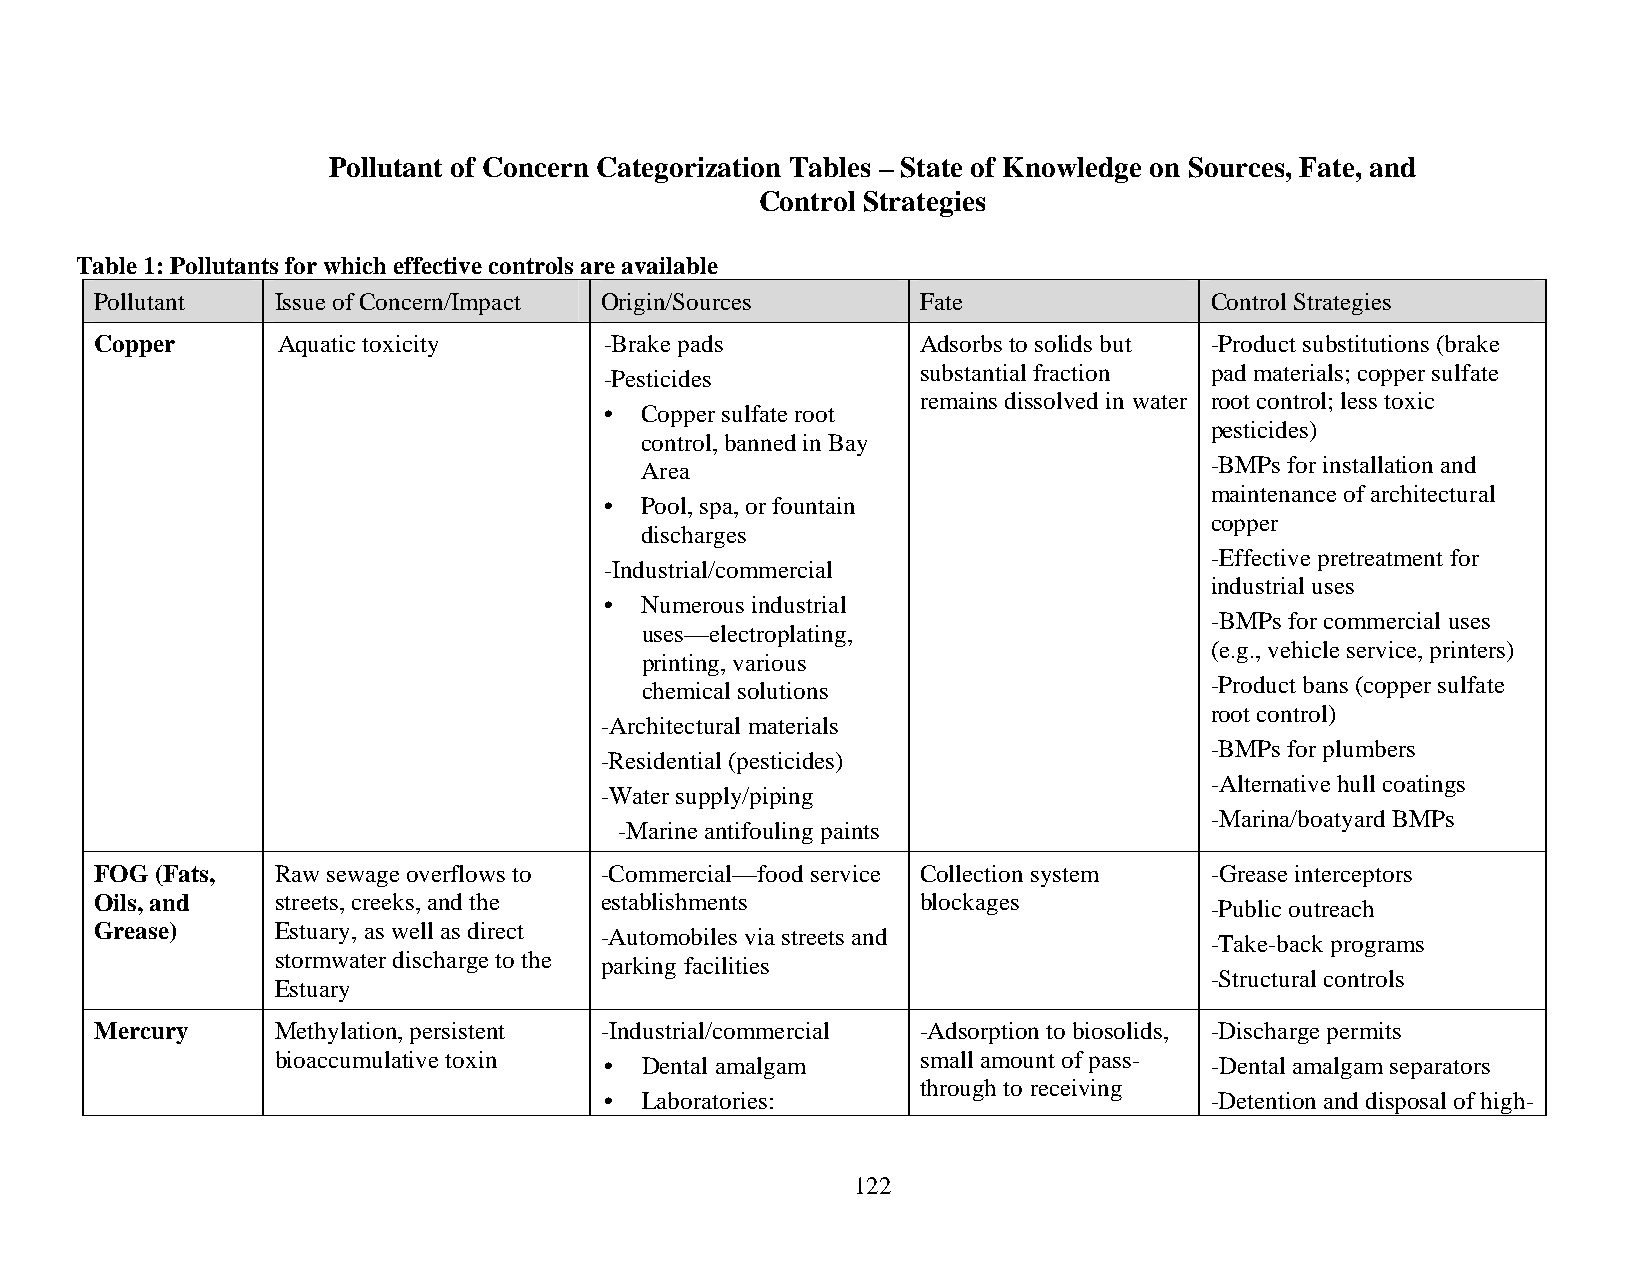
Pollutant of Concern Categorization Tables – State of Knowledge on Sources, Fate, and
 Control Strategies
 Table 1: Pollutants for which effective controls are available
 Pollutant   Issue of Concern/Impact Origin/Sources     Fate               Control Strategies
 Copper      Aquatic toxicity      -Brake pads          Adsorbs to solids but -Product substitutions (brake
 -Pesticides          substantial fraction pad materials; copper sulfate
 remains dissolved in water root control; less toxic
 • Copper sulfate root
 pesticides)
 control, banned in Bay
 Area                                  -BMPs for installation and
 maintenance of architectural
 • Pool, spa, or fountain
 copper
 discharges
 -Effective pretreatment for
 -Industrial/commercial
 industrial uses
 • Numerous industrial
 -BMPs for commercial uses
 uses—electroplating,
 (e.g., vehicle service, printers)
 printing, various
 chemical solutions                    -Product bans (copper sulfate
 root control)
 -Architectural materials
 -BMPs for plumbers
 -Residential (pesticides)
 -Alternative hull coatings
 -Water supply/piping
 -Marina/boatyard BMPs
 -Marine antifouling paints
 FOG (Fats,  Raw sewage overflows to -Commercial—food service Collection system -Grease interceptors
 Oils, and   streets, creeks, and the establishments    blockages          -Public outreach
 Grease)     Estuary, as well as direct -Automobiles via streets and       -Take-back programs
 stormwater discharge to the parking facilities
 -Structural controls
 Estuary
 Mercury     Methylation, persistent -Industrial/commercial -Adsorption to biosolids, -Discharge permits
 bioaccumulative toxin • Dental amalgam     small amount of pass- -Dental amalgam separators
 through to receiving
 • Laboratories:                         -Detention and disposal of high-
 122